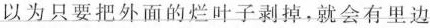
以为只要把外面的烂叶子剥掉，就会有里边